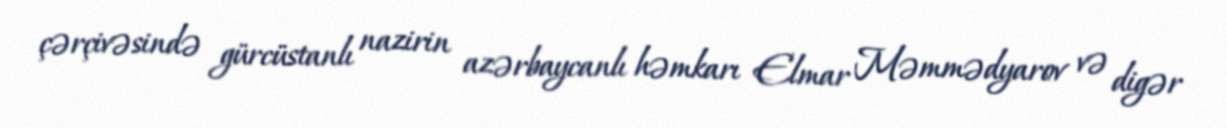
çərçivəsində gürcüstanlı nazirin azərbaycanlı həmkarı Elmar Məmmədyarov və digər